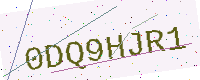
Text: 0DQ9HJR1